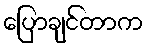
ပြောချင်တာက